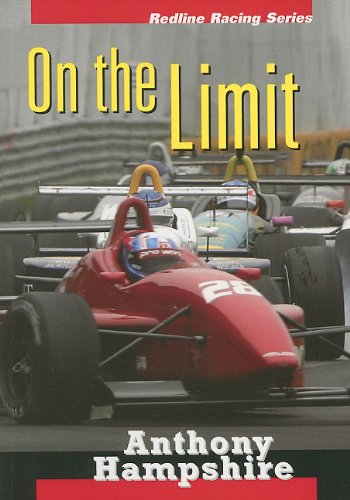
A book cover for On the Limit (Redline Racing); Anthony Hampshire; Teen & Young Adult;